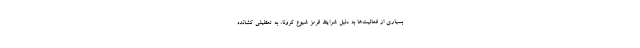
بسیاری از فعالیت‌ها به دلیل شرایط قرمز شیوع کرونا، به تعطیلی کشانده